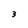
Character: 3